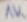
Text: 1K